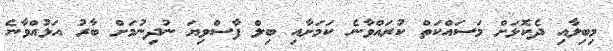
މިބިލާއި ދެކޮޅަށް މަސައްކަތް ކުރައްވާނެ ކަމަށާއި ބިލް ފާސްވިޔަ ނުދިނުމަށް ބާރު އަޅުއްވާނެ